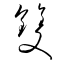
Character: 雙